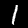
Digit: 1